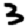
Digit: 3